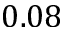
0 . 0 8